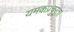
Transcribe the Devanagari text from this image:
यमकप्रचुरता